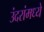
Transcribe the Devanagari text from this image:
उंदरांमध्ये